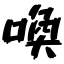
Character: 喚